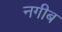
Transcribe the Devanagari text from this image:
नगीब